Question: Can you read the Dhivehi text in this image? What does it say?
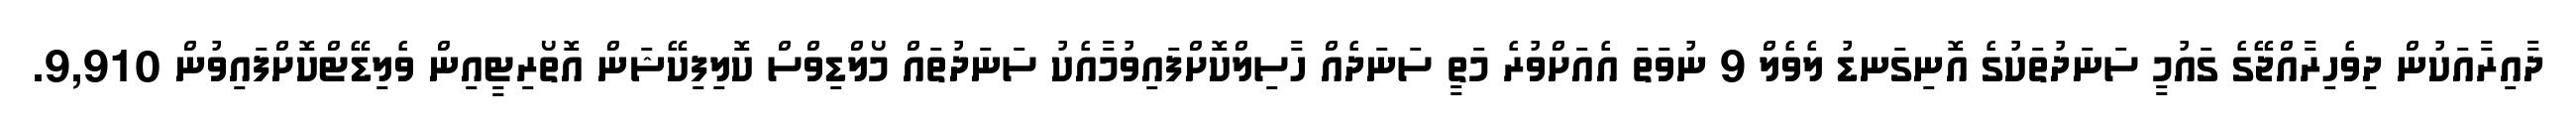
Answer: ދާއިރާއަކުން ދިވެހިރާއްޖޭގެ ގައުމީ ސަނަދުތަކުގެ އޮނިގަނޑު ލެވެލް 9 ނުވަތަ އެއަށްވުރެ މަތީ ސަނަދެއް ހާސިލްކޮށްފައިވުމާއެކު ސަނަދުތައް މޯލްޑިވްސް ކޮލިފިކޭޝަން އޮތޯރިޓީއިން ވެލިޑޭޓްކޮށްފައިވުން 9,910.